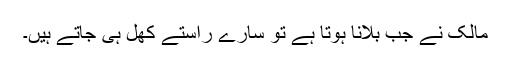
مالک نے جب بلانا ہوتا ہے تو سارے راستے کھل ہی جاتے ہیں۔